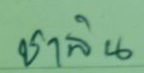
ชาลิน